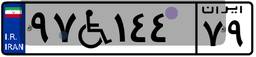
۹۷W۱۴۴۷۹